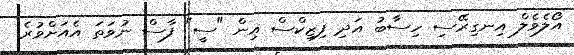
އޯލެވެލް އިނގިރޭސި ހިސާބު އަދި ފިޒިކްސް އިން "ސީ" ފާސް ނުވަތަ އެއަށްވުރެ